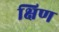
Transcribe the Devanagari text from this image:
क्षिण